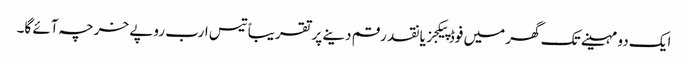
ایک دو مہینے تک گھر میں فوڈ پیکجز یا نقد رقم دینے پر تقریباً تیس ارب روپے خرچہ آئے گا۔